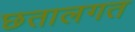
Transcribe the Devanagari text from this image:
छतालगत